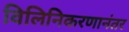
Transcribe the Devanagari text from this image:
विलिनिकरणानंतर